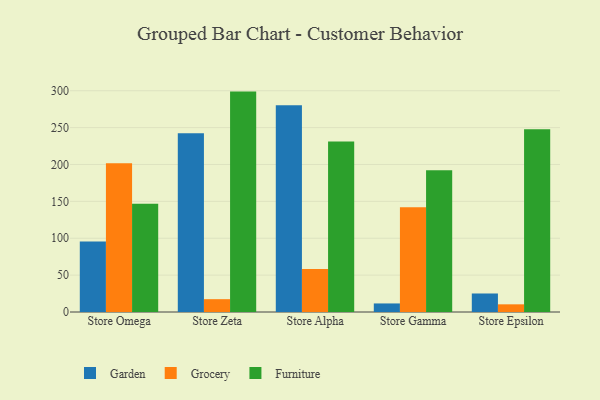
{"axis": {"x": "Store", "y": "Customer Acquisition Cost (USD)"}, "legend": ["Furniture", "Garden", "Grocery"], "data": [{"x": "Store Omega", "y": 95.5, "type": "Garden"}, {"x": "Store Omega", "y": 201.7, "type": "Grocery"}, {"x": "Store Omega", "y": 146.6, "type": "Furniture"}, {"x": "Store Zeta", "y": 242.2, "type": "Garden"}, {"x": "Store Zeta", "y": 17.4, "type": "Grocery"}, {"x": "Store Zeta", "y": 298.8, "type": "Furniture"}, {"x": "Store Alpha", "y": 280.4, "type": "Garden"}, {"x": "Store Alpha", "y": 58.3, "type": "Grocery"}, {"x": "Store Alpha", "y": 231.3, "type": "Furniture"}, {"x": "Store Gamma", "y": 11.6, "type": "Garden"}, {"x": "Store Gamma", "y": 142.1, "type": "Grocery"}, {"x": "Store Gamma", "y": 192.1, "type": "Furniture"}, {"x": "Store Epsilon", "y": 25.1, "type": "Garden"}, {"x": "Store Epsilon", "y": 10.4, "type": "Grocery"}, {"x": "Store Epsilon", "y": 247.9, "type": "Furniture"}]}